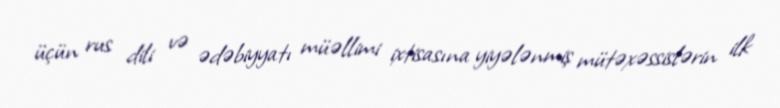
üçün rus dili və ədəbiyyatı müəllimi ixtisasına yiyələnmiş mütəxəssislərin ilk